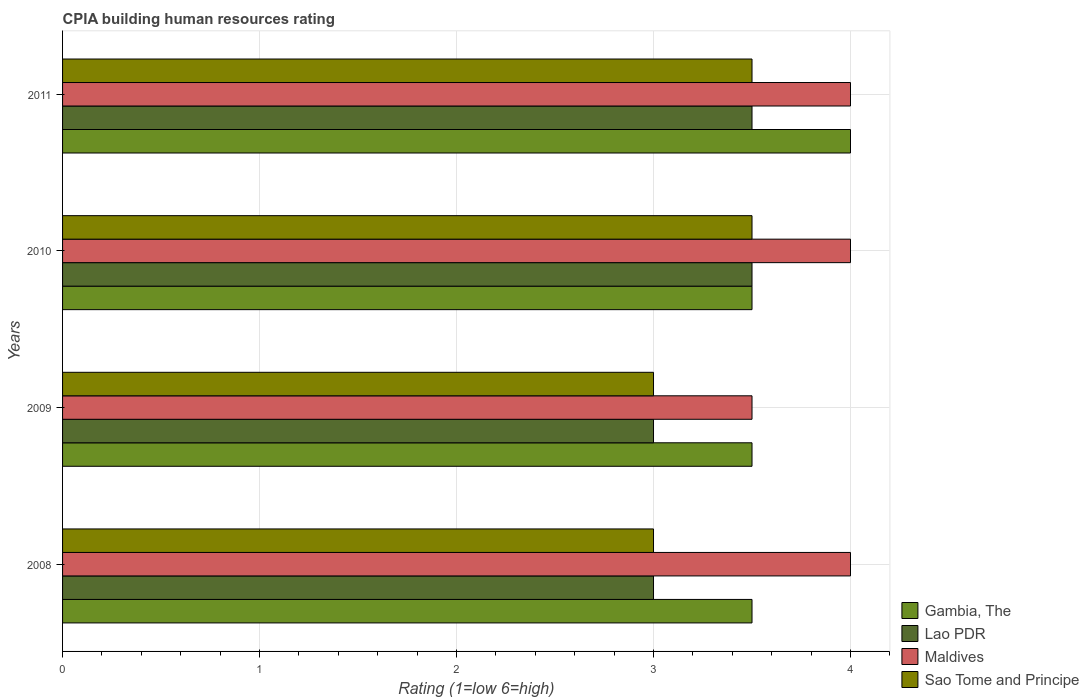
| Years | Gambia, The | Lao PDR | Maldives | Sao Tome and Principe |
 | --- | --- | --- | --- | --- |
 | 2008 | 3.5 | 3 | 4 | 3 |
 | 2009 | 3.5 | 3 | 3.5 | 3 |
 | 2010 | 3.5 | 3.5 | 4 | 3.5 |
 | 2011 | 4 | 3.5 | 4 | 3.5 |